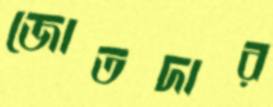
জোতদার